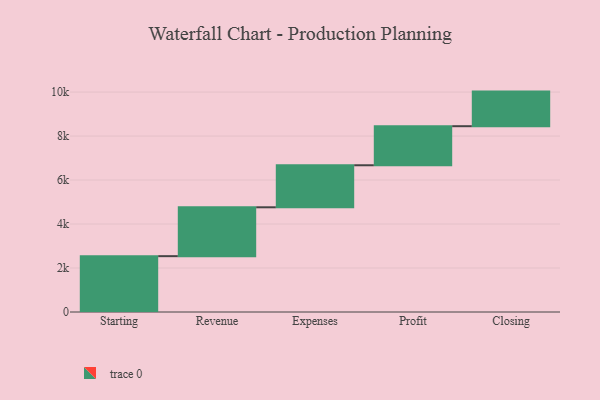
{"axis": {"x": "Step", "y": "Value"}, "legend": [""], "data": [{"x": "Starting", "y": 2539.0, "type": ""}, {"x": "Revenue", "y": 2222.0, "type": ""}, {"x": "Expenses", "y": 1911.0, "type": ""}, {"x": "Profit", "y": 1776.0, "type": ""}, {"x": "Closing", "y": 1573.0, "type": ""}]}